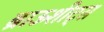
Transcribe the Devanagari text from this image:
ब्राऊशीट्स